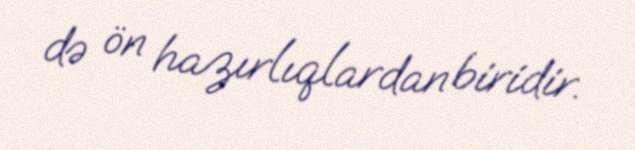
də ön hazırlıqlardan biridir.